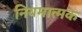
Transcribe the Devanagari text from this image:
नियमात्मक